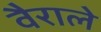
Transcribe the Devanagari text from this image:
वैराले